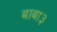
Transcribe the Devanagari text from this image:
बाबा३